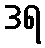
ဒရ